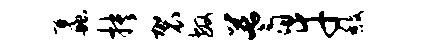
蠡抉袈敏蓍幸馥